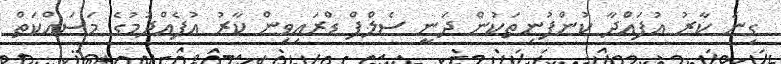
ގިނަ ކާރު އުފައްދާ ކުންފުނިތަކުން ދަނީ ސެލްފް ޑްރައިވިން ކާރު އުފެއްދުމުގެ މަސައްކަތް